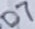
Text: D7